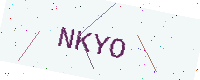
Text: NKYO